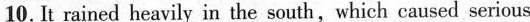
10.It rained heavily in the south,which caused serious